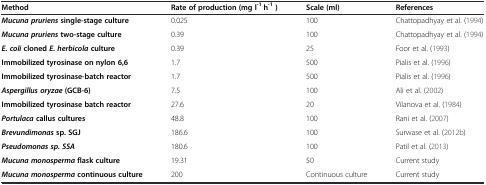
| Method | Rate of production (mg l-1 h-1) | Scale (ml) | References |
 | --- | --- | --- | --- |
 | Mucuna prurienssingle-stage culture | 0.025 | 100 | Chattopadhyay et al. (1994) |
 | Mucuna prurienstwo-stage culture | 0.39 | 100 | Chattopadhyay et al. (1994) |
 | E. coliclonedE. herbicolaculture | 0.39 | 25 | Foor et al. (1993) |
 | Immobilized tyrosinase on nylon 6,6 | 1.7 | 500 | Pialis et al. (1996) |
 | Immobilized tyrosinase-batch reactor | 1.7 | 500 | Pialis et al. (1996) |
 | Aspergillus oryzae(GCB-6) | 7.5 | 100 | Ali et al. (2002) |
 | Immobilized tyrosinase batch reactor | 27.6 | 20 | Vilanova et al. (1984) |
 | Portulacacallus cultures | 48.8 | 100 | Rani et al. (2007) |
 | Brevundimonassp. SGJ | 186.6 | 100 | Surwase et al. (2012b) |
 | Pseudomonas sp. SSA | 180.6 | 100 | Patil et al. (2013) |
 | Mucuna monospermaflask culture | 19.31 | 50 | Current study |
 | Mucuna monospermacontinuous culture | 200 | Continuous culture | Current study |